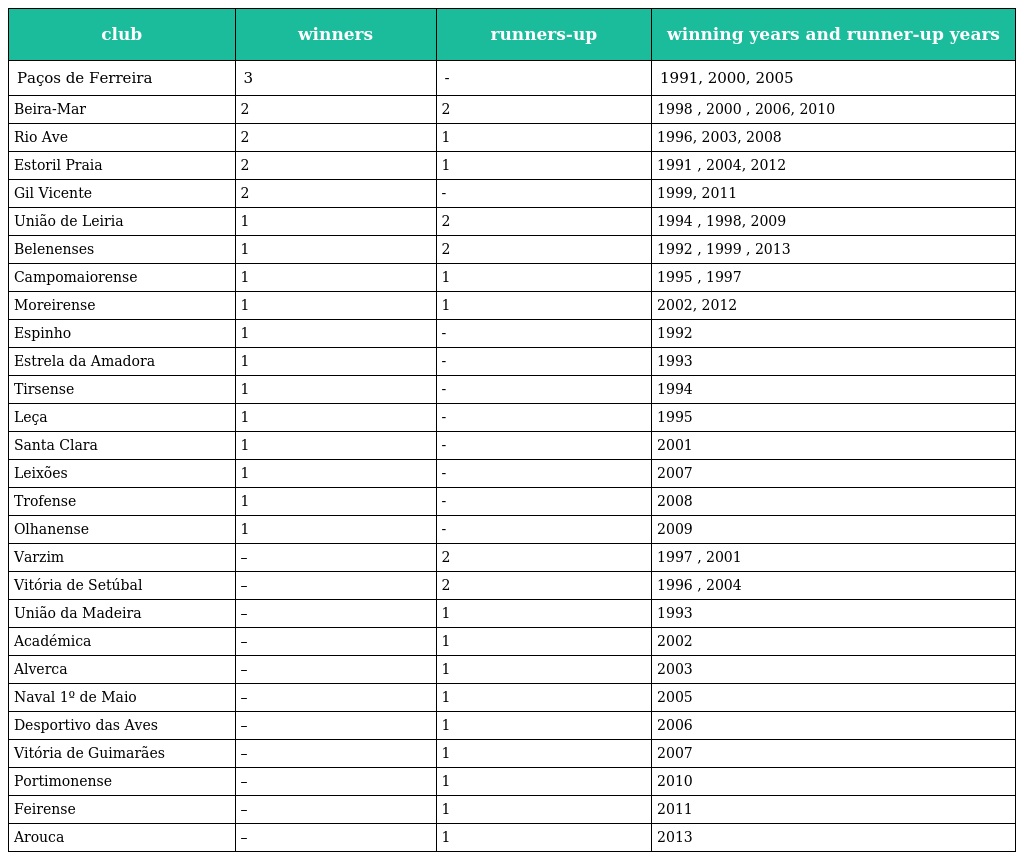
| club | winners | runners-up | winning years and runner-up years |
 | --- | --- | --- | --- |
 | Paços de Ferreira | 3 | - | 1991, 2000, 2005 |
 | Beira-Mar | 2 | 2 | 1998 , 2000 , 2006, 2010 |
 | Rio Ave | 2 | 1 | 1996, 2003, 2008 |
 | Estoril Praia | 2 | 1 | 1991 , 2004, 2012 |
 | Gil Vicente | 2 | - | 1999, 2011 |
 | União de Leiria | 1 | 2 | 1994 , 1998, 2009 |
 | Belenenses | 1 | 2 | 1992 , 1999 , 2013 |
 | Campomaiorense | 1 | 1 | 1995 , 1997 |
 | Moreirense | 1 | 1 | 2002, 2012 |
 | Espinho | 1 | - | 1992 |
 | Estrela da Amadora | 1 | - | 1993 |
 | Tirsense | 1 | - | 1994 |
 | Leça | 1 | - | 1995 |
 | Santa Clara | 1 | - | 2001 |
 | Leixões | 1 | - | 2007 |
 | Trofense | 1 | - | 2008 |
 | Olhanense | 1 | - | 2009 |
 | Varzim | – | 2 | 1997 , 2001 |
 | Vitória de Setúbal | – | 2 | 1996 , 2004 |
 | União da Madeira | – | 1 | 1993 |
 | Académica | – | 1 | 2002 |
 | Alverca | – | 1 | 2003 |
 | Naval 1º de Maio | – | 1 | 2005 |
 | Desportivo das Aves | – | 1 | 2006 |
 | Vitória de Guimarães | – | 1 | 2007 |
 | Portimonense | – | 1 | 2010 |
 | Feirense | – | 1 | 2011 |
 | Arouca | – | 1 | 2013 |